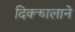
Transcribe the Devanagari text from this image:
दिक्कालाने